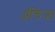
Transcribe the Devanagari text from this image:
अॅलिजा